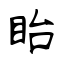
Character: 眙